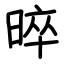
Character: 晬